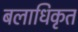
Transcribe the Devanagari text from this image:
बलाधिकृत